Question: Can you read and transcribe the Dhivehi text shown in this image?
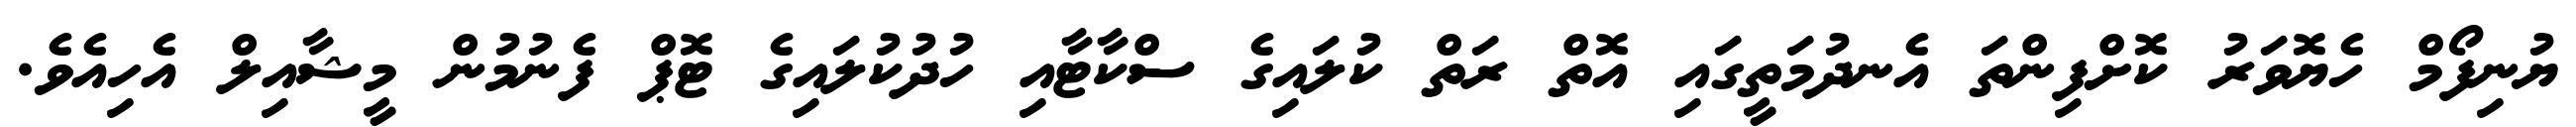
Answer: ޔުނިފޯމް ހެޔޮވަރު ކޮށްފިންތަ އެނދުމަތީގައި އޮތް ރަތް ކުލައިގެ ސްކާޓާއި ހުދުކުލައިގެ ޓޮޕް ފެނުމުން މީޝާއިލް އެހިއެވެ.